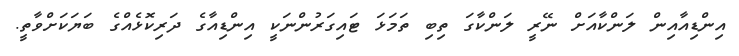
އިންޑިއާއިން ލަންކާއަށް ނޭރީ ލަންކާގަ ތިބި ތަމަޅަ ޓައިގަރުންނަކީ އިންޑިއާގެ ދަރިކޮޅެއްގެ ބަޔަކަށްވާތީ.